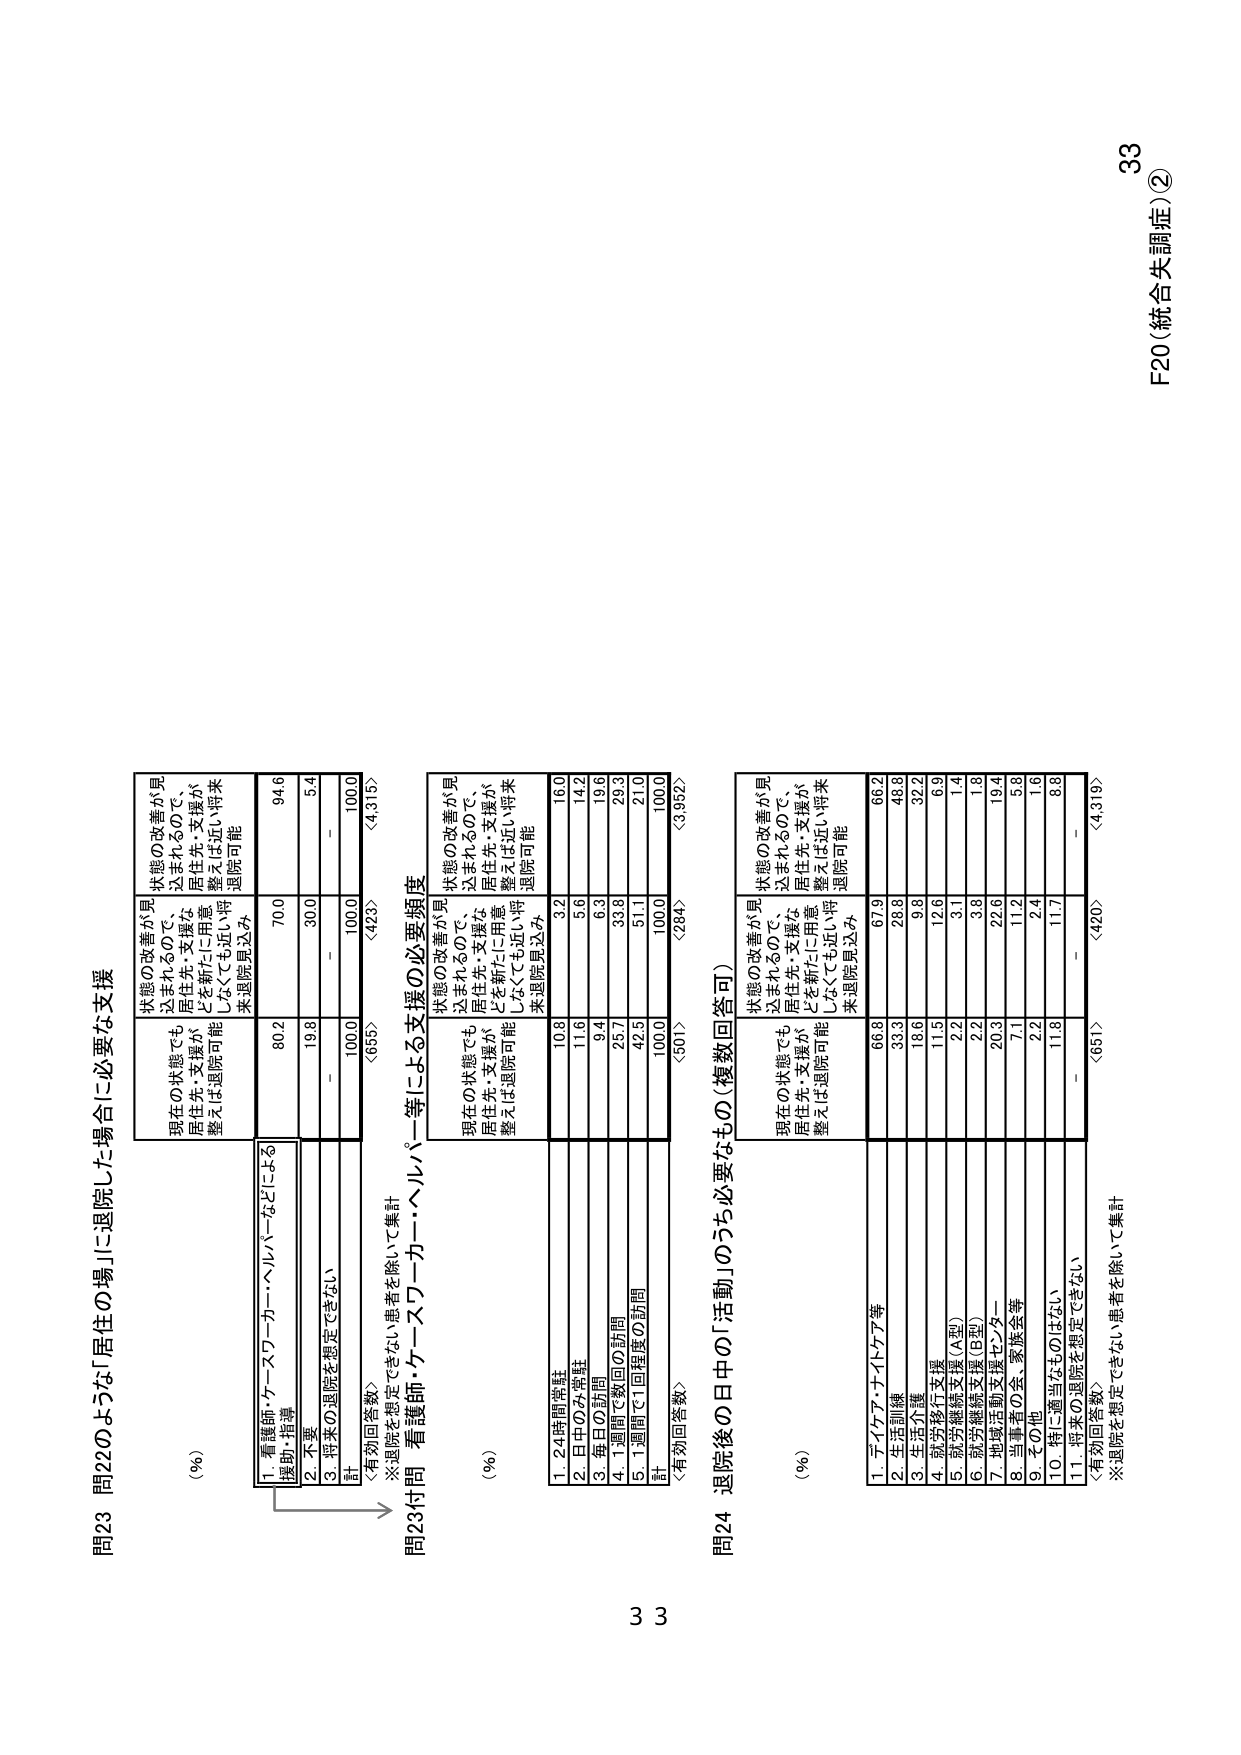
F20（統合失調症）②
33

問23 問22のような「居住の場」に退院した場合に必要な支援

(%)
現在の状態でも
居住先・支援が
整えば退院可能
状態の改善が見
込まれるので、
居住先・支援な
どを新たに用意
しなくても近い将
来退院見込み
状態の改善が見
込まれるので、
居住先・支援が
整えば近い将来
退院可能

1. 看護師・ケースワーカー・ヘルパーなどによる
援助・指導
802
700
94.6

2. 不要
198
300
5.4

3. 将来の退院を想定できない
－
－
－
計
1000
1000
100.0
〈有効回答数〉
〈655〉
〈423〉
〈4,315〉
※退院を想定できない患者を除いて集計

問23付問 看護師・ケースワーカー・ヘルパー等による支援の必要頻度

(%)
現在の状態でも
居住先・支援が
整えば退院可能
状態の改善が見
込まれるので、
居住先・支援な
どを新たに用意
しなくても近い将
来退院見込み
状態の改善が見
込まれるので、
居住先・支援が
整えば近い将来
退院可能

1. 24時間常駐
108
3.2
16.0

2. 日中のみ常駐
116
5.6
14.2

3. 毎日の訪問
94
6.3
19.6

4. 1週間で数回の訪問
257
33.8
29.3

5. 1週間ごと1回程度の訪問
425
51.1
21.0
計
1000
100.0
100.0
〈有効回答数〉
〈501〉
〈284〉
〈3,952〉

問24 退院後の日中の「活動」のうち必要なもの（複数回答可）

(%)
現在の状態でも
居住先・支援が
整えば退院可能
状態の改善が見
込まれるので、
居住先・支援な
どを新たに用意
しなくても近い将
来退院見込み
状態の改善が見
込まれるので、
居住先・支援が
整えば近い将来
退院可能

1. アイソ・ナイトケア等
668
67.9
66.2

2. 生活訓練
333
28.8
48.8

3. 生活介護
186
9.8
32.2

4. 就労移行支援
115
12.6
6.9

5. 就労継続支援（A型）
22
3.1
1.4

6. 就労継続支援（B型）
22
3.8
1.8

7. 地域活動支援センター
203
22.6
19.4

8. 当事者の会・家族会等
71
11.2
5.8

9. その他
22
2.4
1.6

10. 特に適当なものはなし
118
11.7
8.8

11. 将来の退院を想定できない
－
－
－
〈有効回答数〉
〈651〉
〈420〉
〈4,319〉
※退院を想定できない患者を除いて集計

33